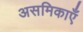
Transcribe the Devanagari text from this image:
असमिकाएँ